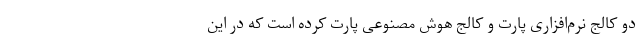
دو کالج نرم‌افزاری پارت و کالج هوش مصنوعی پارت کرده است که در این